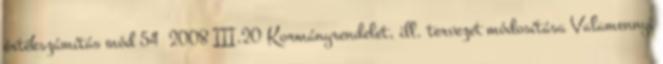
értékszámítás mód 54 2008 III.20 Kormányrendelet, ill. tervezet módosítása Valamennyi